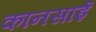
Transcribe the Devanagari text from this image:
कानसाई